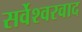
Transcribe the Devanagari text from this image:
सर्वेश्‍वरवाद